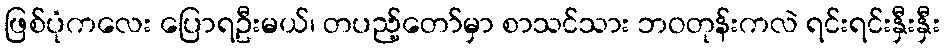
ဖြစ်ပုံကလေး ပြောရဦးမယ်၊ တပည့်တော်မှာ စာသင်သား ဘဝတုန်းကလဲ ရင်းရင်းနှီးနှီး